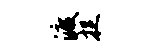
渡捉